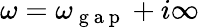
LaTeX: \omega=\omega_{\mathrm{~g~a~p~}}+i\infty